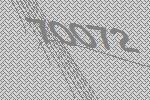
70072